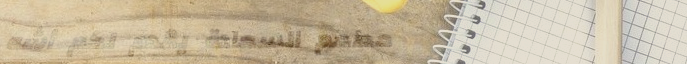
مطعم السعادة يقدم لكم أشه